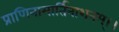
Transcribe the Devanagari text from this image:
प्राणिनामार्तिनाशनम्।।